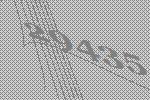
29435